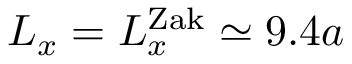
L _ { x } = L _ { x } ^ { \mathrm { Z a k } } \simeq 9 . 4 a